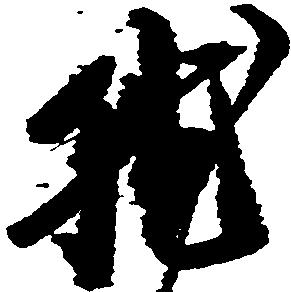
就